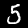
Digit: 5